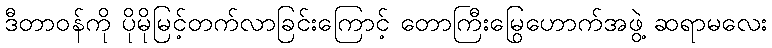
ဒီတာဝန်ကို ပိုမိုမြင့်တက်လာခြင်းကြောင့် တောကြီးမြွေဟောက်အဖွဲ့ ဆရာမလေး